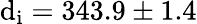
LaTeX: \mathrm{d}_{\mathrm{{i}}}=343.9\pm1.4